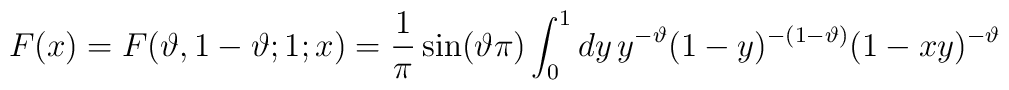
F(x)=F(\vartheta ,1-\vartheta ;1;x)=\frac{1}{\pi }\sin (\vartheta \pi )\int^{1}_{0}dy\, y^{-\vartheta }(1-y)^{-(1-\vartheta )}(1-xy)^{-\vartheta }